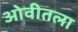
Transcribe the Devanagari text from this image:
ओवीतला